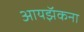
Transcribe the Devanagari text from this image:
आयझॅकना